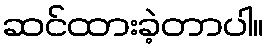
ဆင်ထားခဲ့တာပါ။